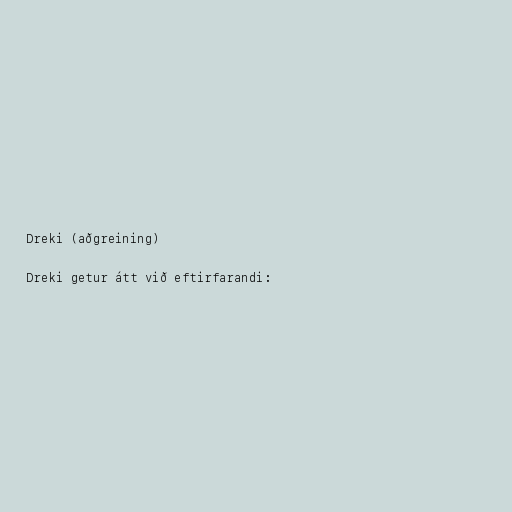
Dreki (aðgreining)

Dreki getur átt við eftirfarandi: